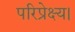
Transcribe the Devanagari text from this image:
परिप्रेक्ष्य।